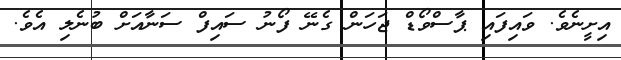
އިށީނެވެ. ވައިފައި ޕާސްވޯޑް ޖަހަން ގެނޭ ފޯނު ސައިފް ސަނާއަށް ބުނެލި އެވެ.